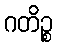
ဂတိဉ္စ